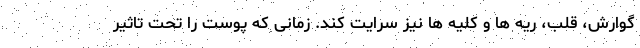
گوارش، قلب، ریه ها و کلیه ها نیز سرایت کند. زمانی که پوست را تحت تاثیر